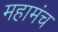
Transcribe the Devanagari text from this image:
महामंच